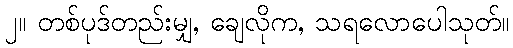
၂။ တစ်ပုဒ်တည်းမျှ, ချေလိုက, သရလောပေါသုတ်။